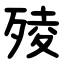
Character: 㱥